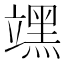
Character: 𮄻